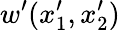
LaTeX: w^{\prime}(x_{1}^{\prime},x_{2}^{\prime})